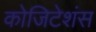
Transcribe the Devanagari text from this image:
कोजिटेशंस